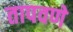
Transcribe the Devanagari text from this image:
तापवणे